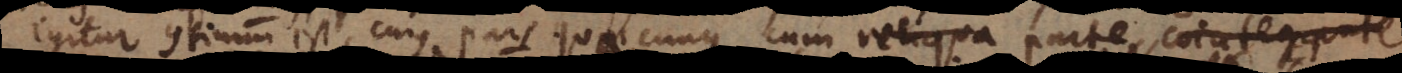
Igitur continuum est, cujus pars quaecunque cum reliqua parte cointegrante